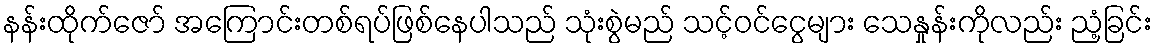
နန်းထိုက်ဇော် အကြောင်းတစ်ရပ်ဖြစ်နေပါသည် သုံးစွဲမည် သင့်ဝင်ငွေများ သေနှုန်းကိုလည်း ညံ့ခြင်း